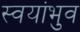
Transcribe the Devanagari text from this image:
स्वयांभुव